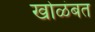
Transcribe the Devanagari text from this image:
खोळंबत